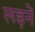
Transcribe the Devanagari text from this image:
लड़नें